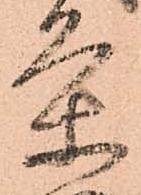
条